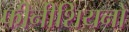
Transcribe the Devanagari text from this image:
फीनीशियनों